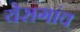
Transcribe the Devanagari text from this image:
येसगांव